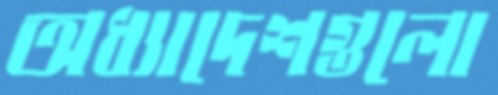
অধ্যাদেশগুলো